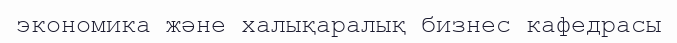
экономика және халықаралық бизнес кафедрасы